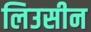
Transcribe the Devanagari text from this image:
लिउसीन